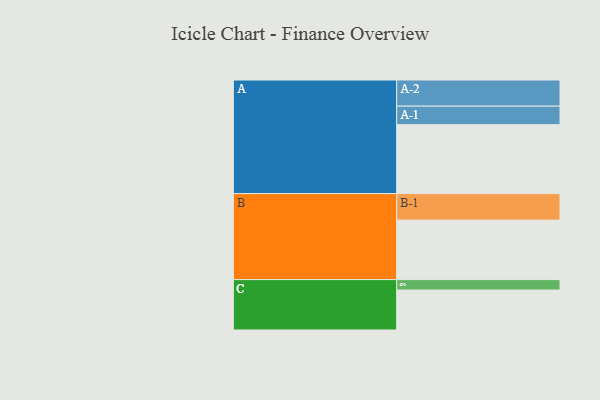
{"axis": {"x": "Segment", "y": "Value"}, "legend": ["", "A", "B", "C"], "data": [{"x": "A", "y": 554, "type": ""}, {"x": "B", "y": 478, "type": ""}, {"x": "C", "y": 321, "type": ""}, {"x": "A-1", "y": 149, "type": "A"}, {"x": "A-2", "y": 210, "type": "A"}, {"x": "B-1", "y": 213, "type": "B"}, {"x": "C-1", "y": 84, "type": "C"}]}